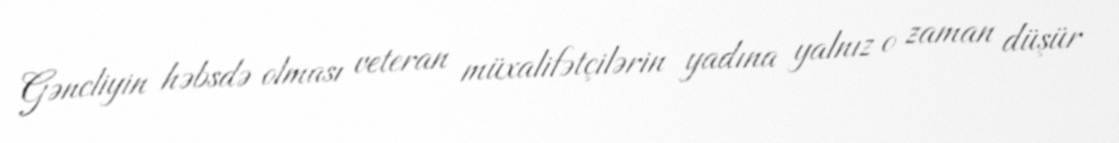
Gəncliyin həbsdə olması veteran müxalifətçilərin yadına yalnız o zaman düşür